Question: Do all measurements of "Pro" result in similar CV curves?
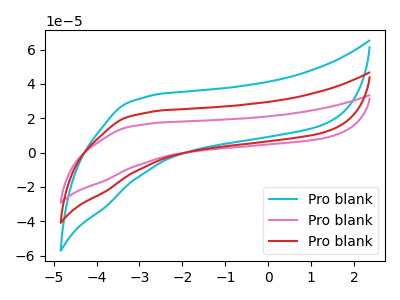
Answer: <think>The cyan curve "Pro blank1" has no peaks. The pink curve "Pro blank2" has no peaks. The red curve "Pro blank3" has no peaks.
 Neither "Pro blank1" or "Pro blank2" have any peaks. Neither "Pro blank1" or "Pro blank3" have any peaks. Neither "Pro blank2" or "Pro blank3" have any peaks.</think>
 <answer>All the CV's of "Pro" have similar shape.</answer>
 <eval>follow_rule</eval>